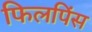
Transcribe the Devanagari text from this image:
फिलपिंस